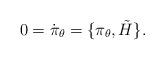
LaTeX: \begin{align*}0=\dot\pi_\theta=\lbrace \pi_\theta , \tilde H\rbrace .\end{align*}